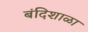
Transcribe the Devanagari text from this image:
बंदिशाळा